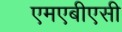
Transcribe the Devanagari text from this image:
एमएबीएसी